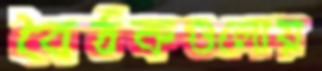
বৈঠকগুলোয়